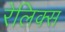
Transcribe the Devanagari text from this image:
रेलिक्स